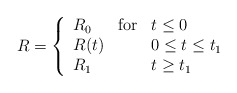
\begin{align*}R = \left\{ \begin{array}{lll}R_0 & \mbox{for} & t \leq 0 \\R(t) & & 0\leq t\leq t_1 \\R_1 & & t \geq t_1 \end{array}\right.\end{align*}